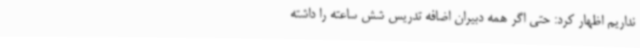
نداریم اظهار کرد: حتی اگر همه دبیران اضافه تدریس شش ساعته را داشته